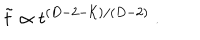
\tilde { t } \propto t ^ { ( D - 2 - { \cal K } ) / ( D - 2 ) } \ .